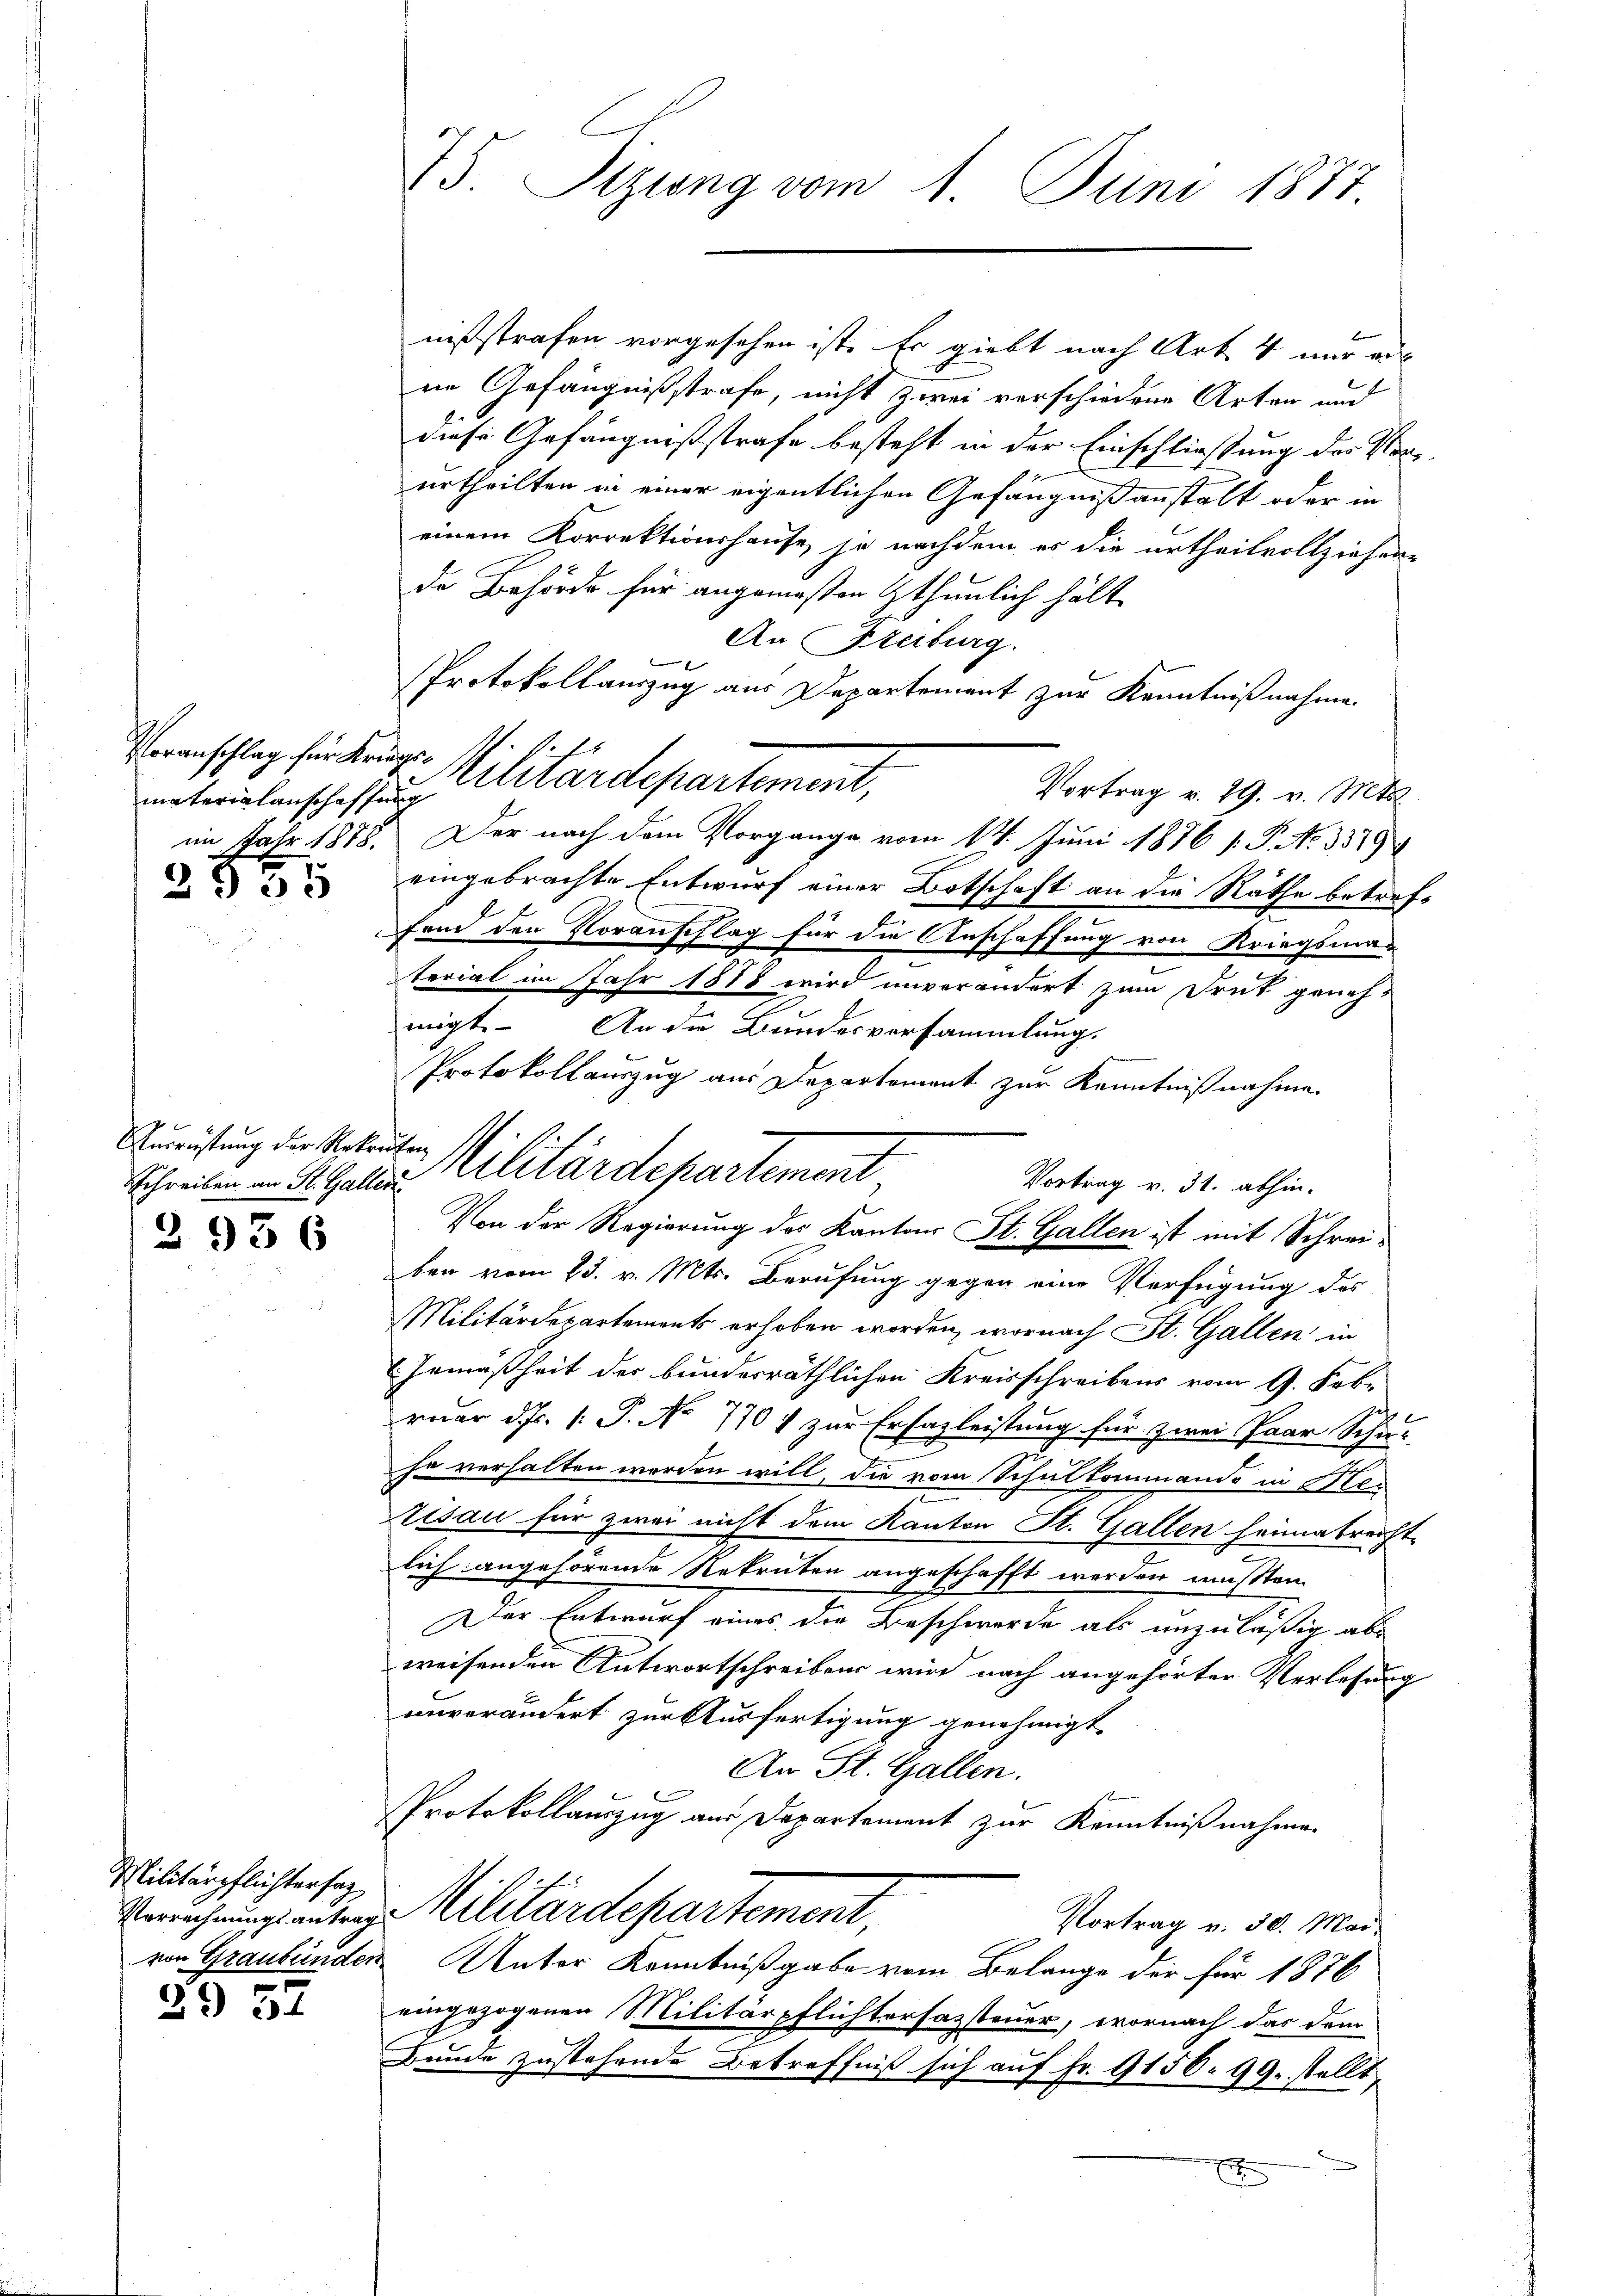
Voranschlag für Kriegs¬
2955

Ausrüstung der Rekruten
2936

Militärpflichtersag

S. 34

75. Sizung vom 1. Juni 1877

nißstrafen vorgesehen ist. Es giebt nach Art. 4 nur ein
ne Gefängnißstrafe, nicht zwei verschiedene Arten und
diese Gefängnißstrafe besteht in der Einschliessung des Verurtheilten in einer eigentlichen Gefängniß anstalt oder in
einem Korrektionshause, je nachdem es die urtheilvollziehene
de Behörde für angemessen thunlich hält
An Sterburg.
Protokollauszug aus Departement zur Kenntnißnahme.
Vortrag v. 29. v. Mts.
im Jahr 1878. Der nach dem Vorgange vom 14. Juni 1876 f. P. Nr. 3379
eingebrachte Entwurf einer Botschaft an die Räthe betreffand den Voranschlag für die Anschaffung von Kriegsmaterial im Jahr 1888 wird unverändert zum Frut geneh-
migt. An die Bundesversammlung.
Protokollauszug aus Departement zur Kenntnißnahme
Vortrag v. 31. abhin.
ben vom 23. v. Mts. Berufung gegen eine Verfügung des
Militärdepartements erhoben worden, wornach St. Gallen in
Gemäßheit der bundesräthlichen Kreisschreibens vom 9. Febr
ruar d.J. P. No 770 1 zur Erfazleistung für zwei Paar Schu-
ha verhalten worden will, die vom Schulkommando in Mei
Zisau für zwei nicht dem Kanton St. Gallen heimatreicht-
lich angehörende Rekruten angeschafft werden mußten.
Der Entwurf eines die Beschwerde als unzuläßig ab
weisenden Antwortschreibens wird nach angehörter Verlesung
unverändert zur Ausfertigung genehmigt.
An St. Gallen.
Protokollauszug aus Departement zur Kenntnißnahmen
Verrechnungsanteige Militärdepartement,
Vortrag v. 30. Mai
von Graubünden Unter Kenntnißgabe vom Belange der für 1876
eingezogenen Militärpflichtersazsteuer, wornach das dem
Bunde zustehende Betreffniß sich auf Fr. 9156. 99. stellt,
x

V. P.
materielenschaffen Arardepartement,

Schreiben in alle Militärdepartement,
Von der Regierung des Kantons St. Gallen ist mit Schrei¬